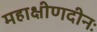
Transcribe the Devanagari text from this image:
महाक्षीणदीनः